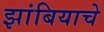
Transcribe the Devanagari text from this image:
झांबियाचे